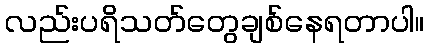
လည်းပရိသတ်တွေချစ်နေရတာပါ။